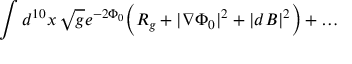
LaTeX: \int d ^ { 1 0 } x \, \sqrt { g } e ^ { - 2 \Phi _ { 0 } } \Bigl ( R _ { g } + | \nabla \Phi _ { 0 } | ^ { 2 } + | d B | ^ { 2 } \Bigr ) + \ldots